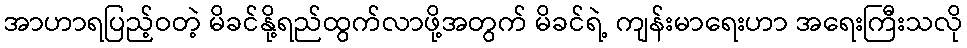
အာဟာရပြည့်ဝတဲ့ မိခင်နို့ရည်ထွက်လာဖို့အတွက် မိခင်ရဲ့ ကျန်းမာရေးဟာ အရေးကြီးသလို